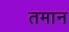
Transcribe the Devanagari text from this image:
तमान